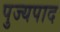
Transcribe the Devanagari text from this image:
पुज्यपाद